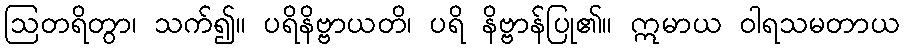
ဩတရိတွာ၊ သက်၍။ ပရိနိဗ္ဗာယတိ၊ ပရိ နိဗ္ဗာန်ပြု၏။ ဣမာယ ဝါရသမတာယ